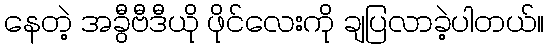
နေတဲ့ အခွီဗီဒီယို ဖိုင်လေးကို ချပြလာခဲ့ပါတယ်။